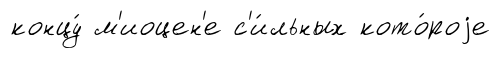
концу́ м'иоцен'е с'и́льных кото́роjе